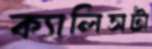
ক্যালিসটা